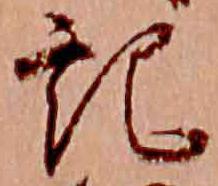
記